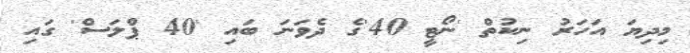
މިދިޔަ އަހަރު ނިކުތް 'ނޯޓީ 40'ގެ ދެވަނަ ބައި '40 ޕްލަސް' ގައި